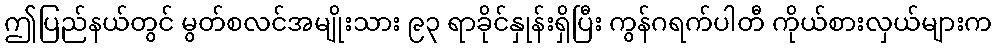
ဤပြည်နယ်တွင် မွတ်စလင်အမျိုးသား ၉၃ ရာခိုင်နှုန်းရှိပြီး ကွန်ဂရက်ပါတီ ကိုယ်စားလှယ်များက